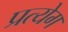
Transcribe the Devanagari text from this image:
प्रत्येग